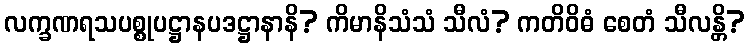
လက္ခဏရသပစ္စုပဋ္ဌာနပဒဋ္ဌာနာနိ? ကိမာနိသံသံ သီလံ? ကတိဝိဓံ စေတံ သီလန္တိ?